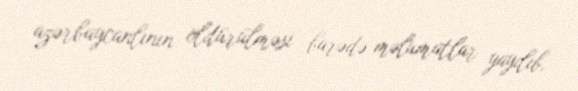
azərbaycanlının öldürülməsi barədə məlumatlar yayılıb.